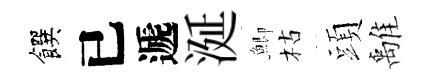
饌已遞涎鯽枯頭𩀌